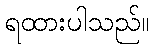
ရထားပါသည်။